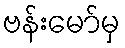
ဗန်းမော်မှ